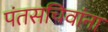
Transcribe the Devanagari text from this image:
पंतसचिवांना